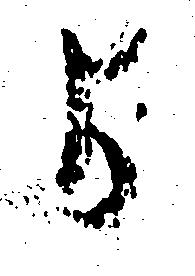
よ